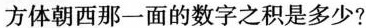
方体朝西那一面的数字之积是多少?